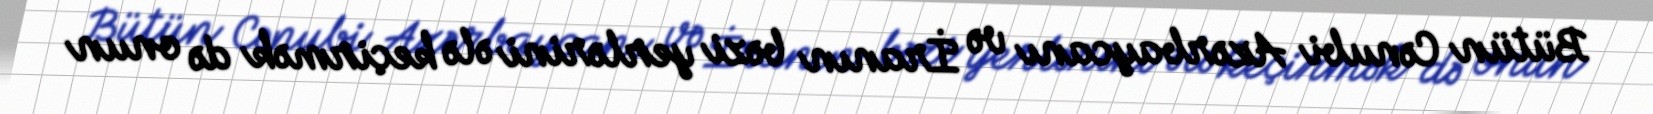
Bütün Cənubi Azərbaycanı və İranın bəzi yerlərini ələ keçirmək də onun